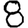
Digit: 8